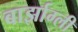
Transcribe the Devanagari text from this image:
बार्झाग्ली